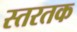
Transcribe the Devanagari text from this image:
स्तरतक